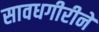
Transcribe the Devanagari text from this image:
सावधगीरीने